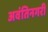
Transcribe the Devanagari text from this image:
अवंतिनगरी